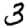
Digit: 3